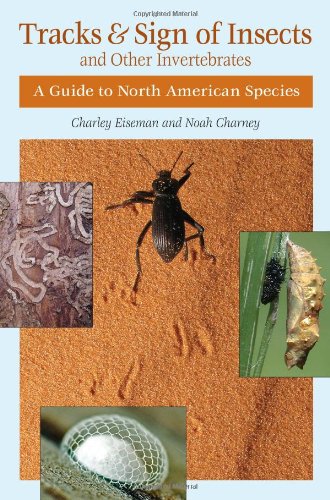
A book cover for Tracks & Sign of Insects and Other Invertebrates: A Guide to North American Species; Noah Charney; Science & Math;